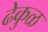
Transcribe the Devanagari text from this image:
ढेकुळ